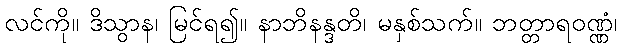
လင်ကို။ ဒိသွာန၊ မြင်ရ၍။ နာဘိနန္ဒတိ၊ မနှစ်သက်။ ဘတ္တာရဝဏ္ဏံ၊